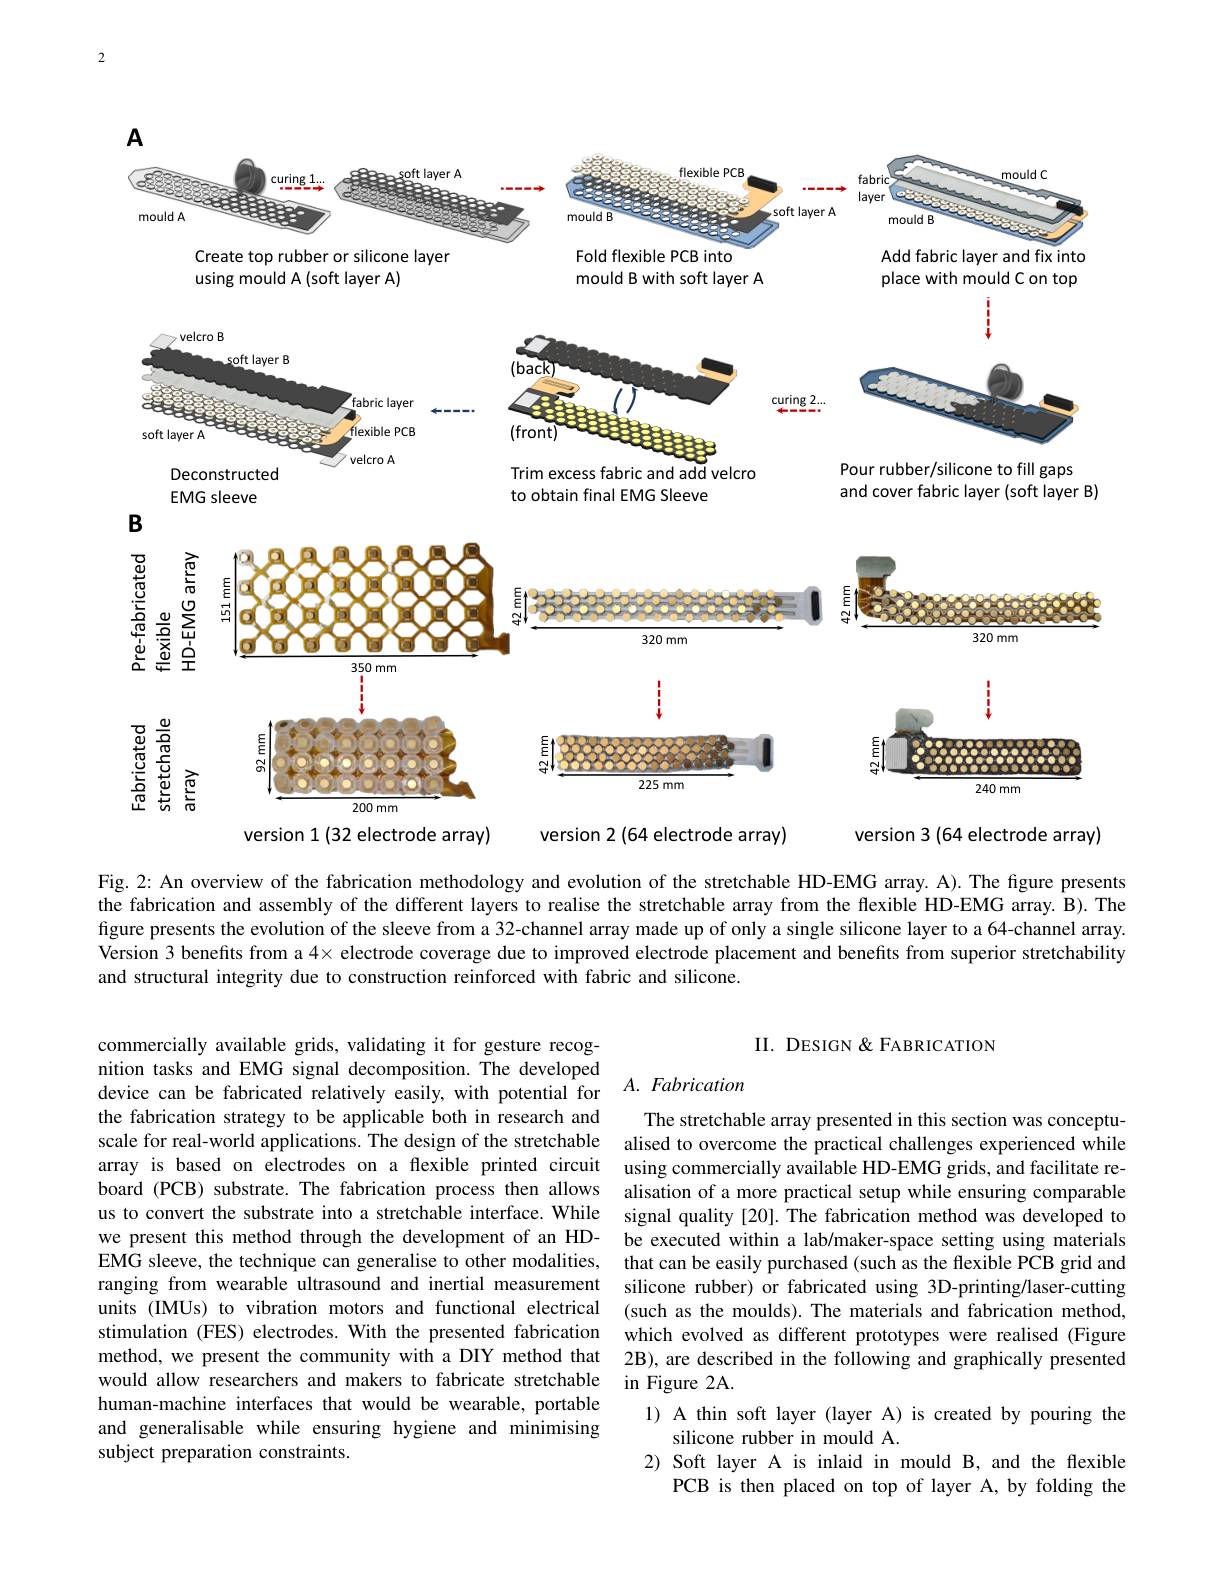
2

$A$
<FigureHere>

<FigureHere>

and cover fabric layer (soft layer B)

to obtain final EMG Sleeve

EMG sleeve

<FigureHere>

$B$
$200mm$

version 1 (32 electrode array)

version 2(64 electrode array)

version 3 (64 electrode array)

Fig. 2: An overview of the fabrication methodology and evolution of the stretchable HD-EMG array. A). The figure presents the fabrication and assembly of the different layers to realise the stretchable array from the flexible HD-EMG array. B). The figure presents the evolution of the sleeve from a 32-channel array made up of only a single silicone layer to a 64-channel array. Version 3 benefits from a $4\times$ electrode coverage due to improved electrode placement and benefits from superior stretchability and structural integrity due to construction reinforced with fabric and silicone.

commercially available grids, validating it for gesture recognition tasks and EMG signal decomposition. The developed device can be fabricated relatively easily, with potential for the fabrication strategy to be applicable both in research and scale for real-world applications. The design of the stretchable alised to overcome the practical challenges experienced while
array is based on electrodes on a flexible printed circuit board (PCB) substrate. The fabrication process then allows us to convert the substrate into a stretchable interface. While we present this method through the development of an HDEMG sleeve, the technique can generalise to other modalities, ranging from wearable ultrasound and inertial measurement silicone rubber) or fabricated using 3D-printing/laser-cutting
units (IMUs) to vibration motors and functional electrical stimulation (FES) electrodes. With the presented fabrication method, we present the community with a DIY method that would allow researchers and makers to fabricate stretchable human-machine interfaces that would be wearable, portable and generalisable while ensuring hygiene and minimising subject preparation constraints.

II. DESIGN &FABRICATION

### $A.$ Fabrication

The stretchable array presented in this section was conceptuusing commercially available HD-EMG grids, and facilitate realisation of a more practical setup while ensuring comparable signal quality [20]. The fabrication method was developed to be executed within a lab/maker-space setting using materials that can be easily purchased (such as the flexible PCB grid and (such as the moulds). The materials and fabrication method, which evolved as different prototypes were realised (Figure 2B), are described in the following and graphically presented in Figure 2A.
1) A thin soft layer (layer A) is created by pouring the

silicone rubber in mould A.
2) Soft layer A is inlaid in mould B, and the flexible
PCB is then placed on top of layer A, by folding the